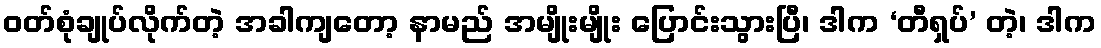
ဝတ်စုံချုပ်လိုက်တဲ့ အခါကျတော့ နာမည် အမျိုးမျိုး ပြောင်းသွားပြီ၊ ဒါက ‘တီရှပ်’ တဲ့၊ ဒါက